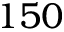
1 5 0